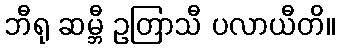
ဘီရု ဆမ္ဘီ ဥတြာသီ ပလာယီတိ။